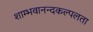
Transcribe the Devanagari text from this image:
शाम्भवानन्दकल्पलता